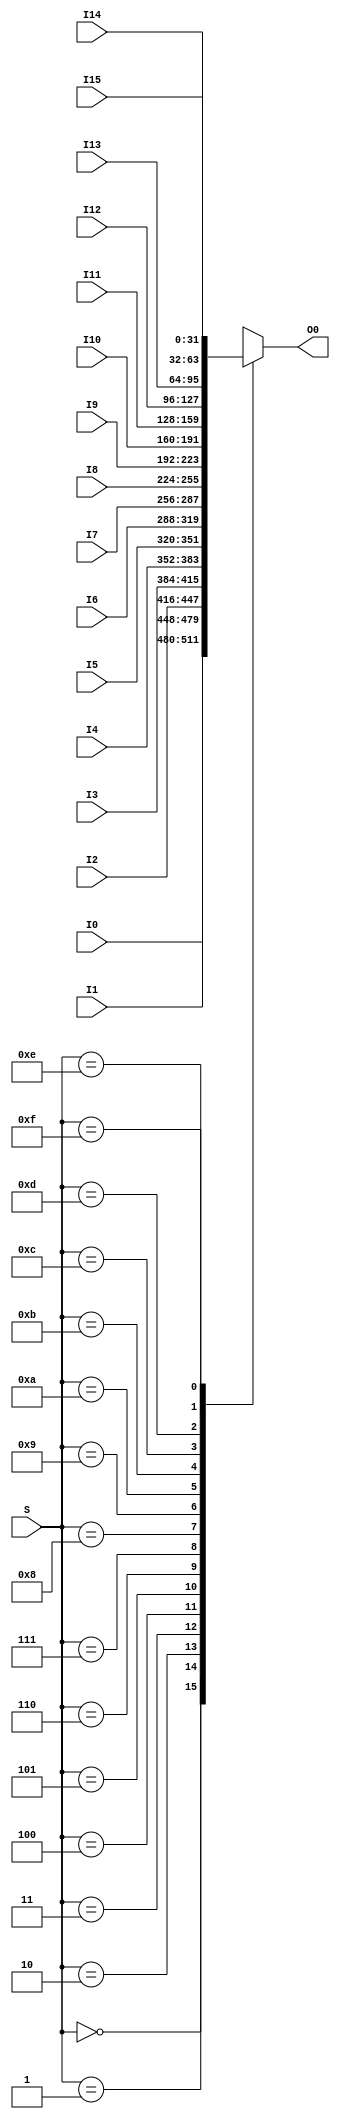
`timescale 1ns / 1ps
//////////////////////////////////////////////////////////////////////////////////
// Company: 
// Engineer: 
// 
// Design Name: 
// Module Name: MUX16T1_32
// Project Name: 
// Target Devices: 
// Tool Versions: 
// Description: 
// 
// Dependencies: 
// 
// Revision:
// Revision 0.01 - File Created
// Additional Comments:
// 
//////////////////////////////////////////////////////////////////////////////////


module MUX16T1_32(
    I0,I1,I2,I3,I4,I5,I6,I7,I8,I9,I10,I11,I12,I13,I14,I15,
    S,
    O0
    );
input [31:0] I0,I1,I2,I3,I4,I5,I6,I7,I8,I9,I10,I11,I12,I13,I14,I15;
input [3:0] S;
output reg [31:0] O0;

always @(*)
    begin
        case(S)
            4'b0000: O0 <= I0; 
            4'b0001: O0 <= I1; 
            4'b0010: O0 <= I2; 
            4'b0011: O0 <= I3; 
            4'b0100: O0 <= I4; 
            4'b0101: O0 <= I5; 
            4'b0110: O0 <= I6; 
            4'b0111: O0 <= I7; 
            4'b1000: O0 <= I8; 
            4'b1001: O0 <= I9; 
            4'b1010: O0 <= I10;
            4'b1011: O0<= I11; 
            4'b1100: O0 <= I12; 
            4'b1101: O0 <= I13;  
            4'b1110: O0 <= I14; 
            4'b1111: O0 <= I15; 
            default: O0<=32'h0000_0000;
        endcase
    end

endmodule